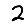
Digit: 2